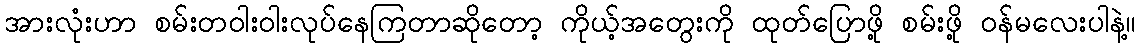
အားလုံးဟာ စမ်းတဝါးဝါးလုပ်နေကြတာဆိုတော့ ကိုယ့်အတွေးကို ထုတ်ပြောဖို့ စမ်းဖို့ ဝန်မလေးပါနဲ့။